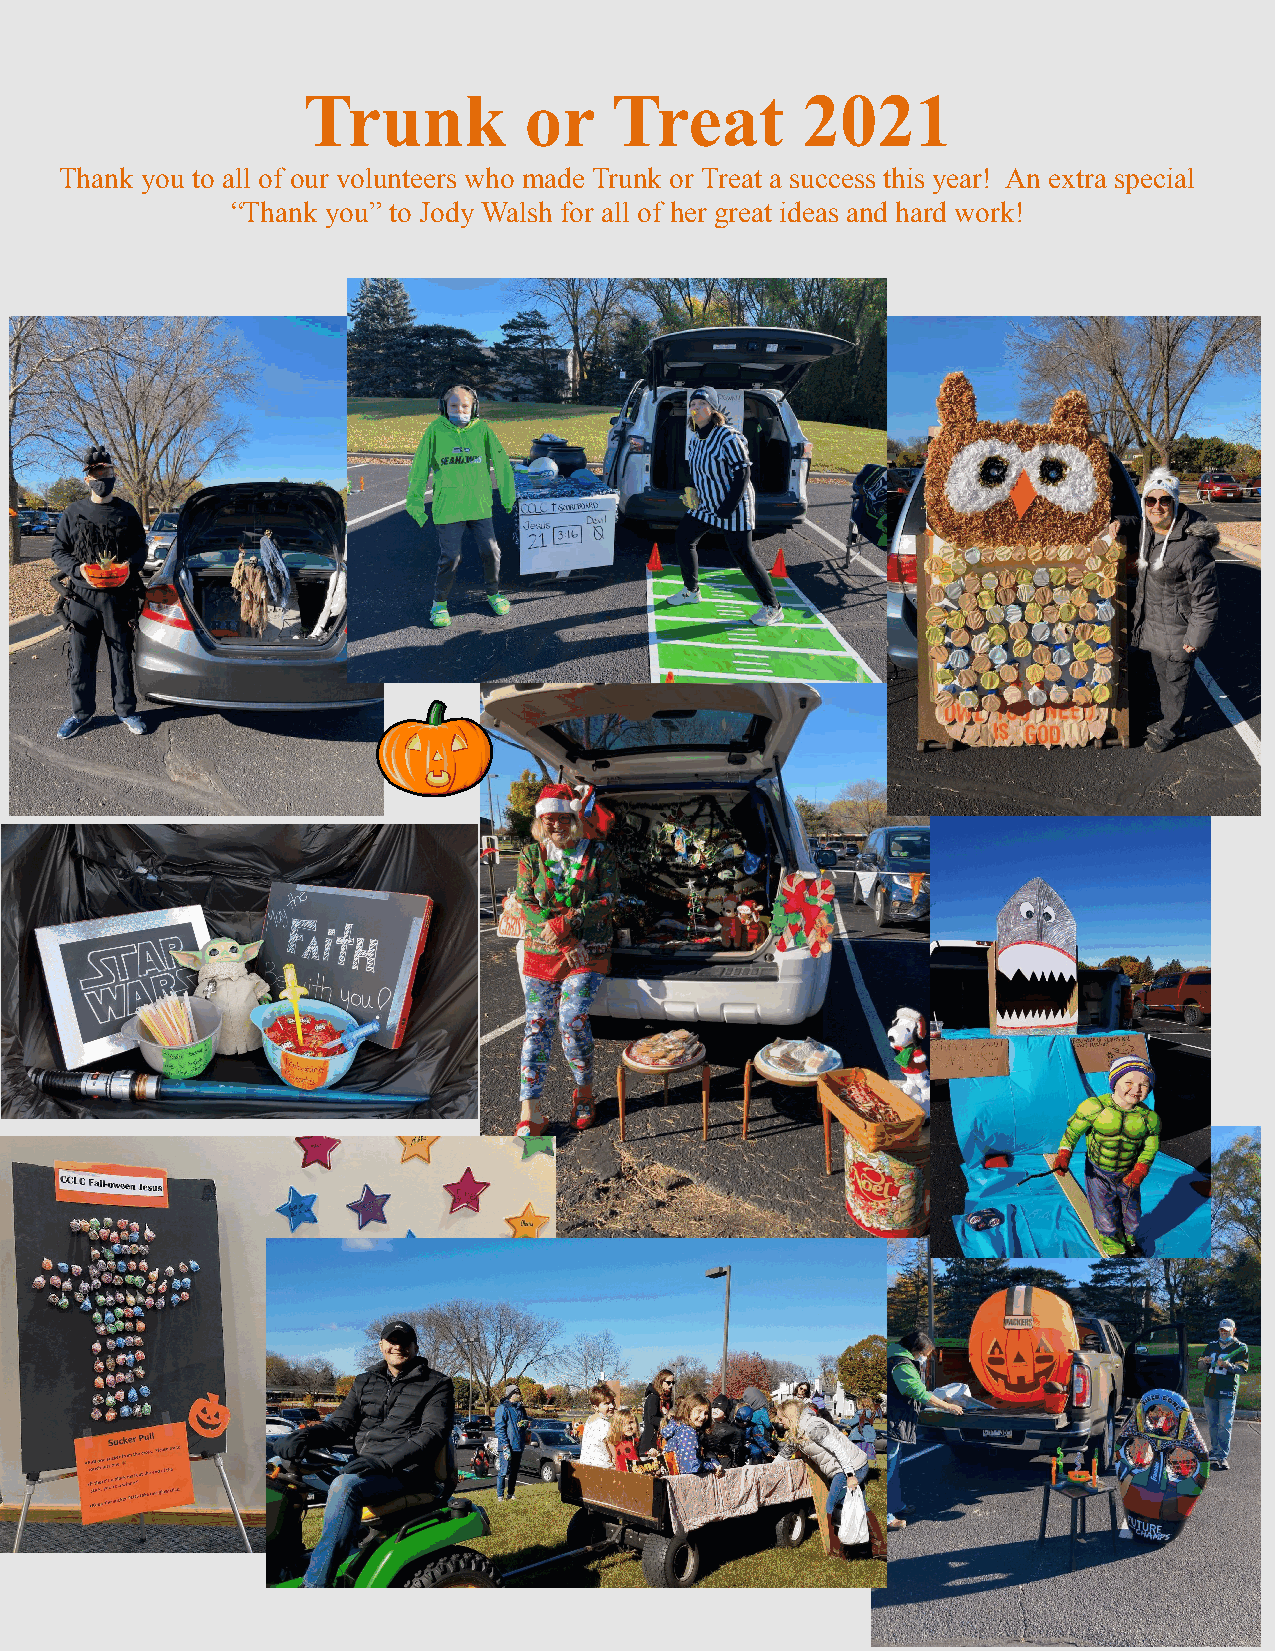
Trunk          or    Treat       2021
 Thank you to all of our volunteers who made Trunk or Treat a success this year! An extra special
 “Thank you” to Jody Walsh for all of her great ideas and hard work!